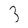
Character: 3